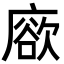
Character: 𢊦